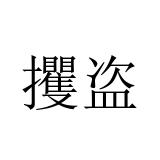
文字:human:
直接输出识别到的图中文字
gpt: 攫盗